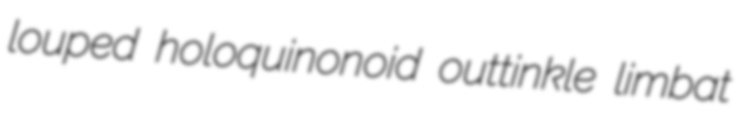
louped holoquinonoid outtinkle limbat